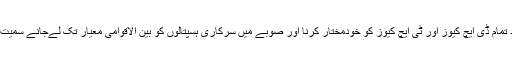
ان تمام اقدامات کے باوجود تمام ڈی ایچ کیوز اور ٹی ایچ کیوز کو خودمختار کرنا اور صوبے میں سرکاری ہسپتالوں کو بین الاقوامی معیار تک لےجانے سمیت ابھی بہت سا کام باقی ہے۔